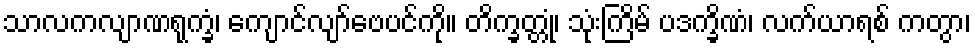
သာလကလျာဏရုက္ခံ၊ ကျောင်လျာ်ဗေပင်ကို။ တိက္ခတ္တုံ၊ သုံးကြိမ် ပဒက္ခိဏံ၊ လက်ယာရစ် ကတွာ၊